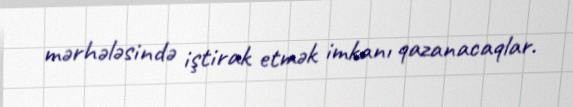
mərhələsində iştirak etmək imkanı qazanacaqlar.